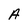
Character: A